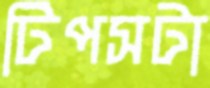
টিপসটা